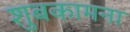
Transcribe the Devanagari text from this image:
शुबकामना